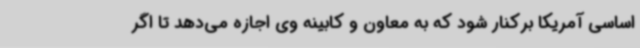
اساسی آمریکا برکنار شود که به معاون و کابینه وی اجازه می‌دهد تا اگر